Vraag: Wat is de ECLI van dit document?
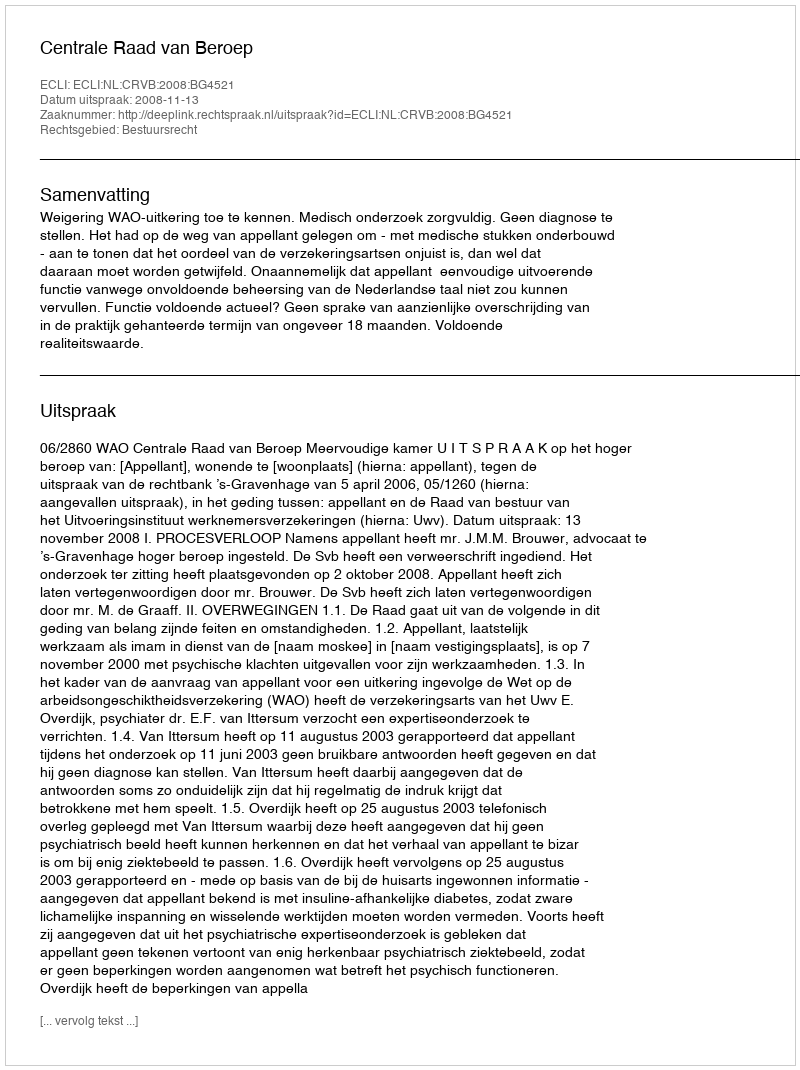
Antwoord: ECLI:NL:CRVB:2008:BG4521